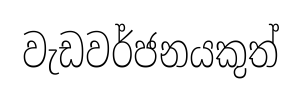
වැඩවර්ජනයකුත්